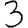
Digit: 3